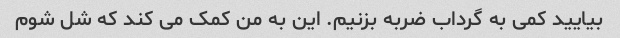
بیایید کمی به گرداب ضربه بزنیم. این به من کمک می کند که شل شوم